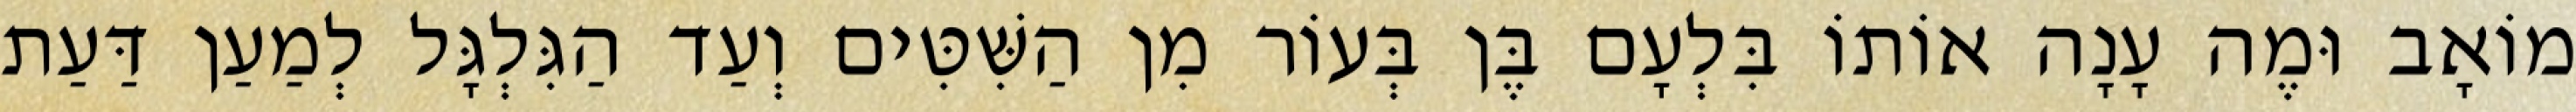
מוֹאָב וּמֶה עָנָה אוֹתוֹ בִּלְעָם בֶּן בְּעוֹר מִן הַשִּׁטִּים וְעַד הַגִּלְגָּל לְמַעַן דַּעַת